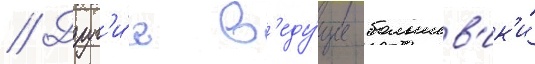
// Друг'и́е в'еду́щие большев'ик'и́